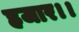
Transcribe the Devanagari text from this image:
हजार।।